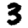
Digit: 3